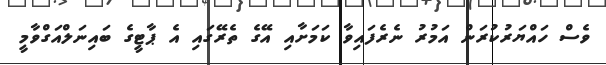
ވެސް ހައްޔަރުކުރަން އަމުރު ނެރެފައިވާ ކަމަށާއި އޭގެ ތެރޭގައި އެ ޕާޓީގެ ބައިނަލްއަގްވާމީ